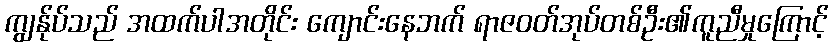
ကျွန်ုပ်သည် အထက်ပါအတိုင်း ကျောင်းနေဘက် ရာဇဝတ်အုပ်တစ်ဦး၏ကူညီမှုကြောင့်